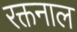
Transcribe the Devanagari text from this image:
रक्तनाल